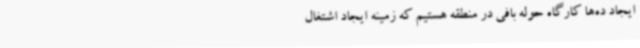
ایجاد ده‌ها کارگاه حوله بافی در منطقه هستیم که زمینه ایجاد اشتغال